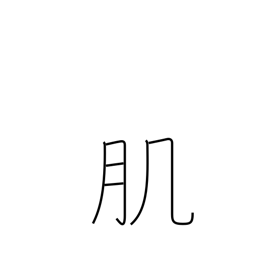
Meaning: texture